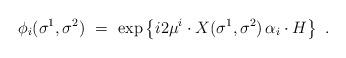
LaTeX: \begin{align*}\phi_i(\sigma^1,\sigma^2)\ =\ \exp \left\{ i2\mu^i\cdot X(\sigma^1,\sigma^2)\, \alpha_i\cdot H \right\}\ .\end{align*}